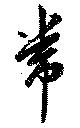
常